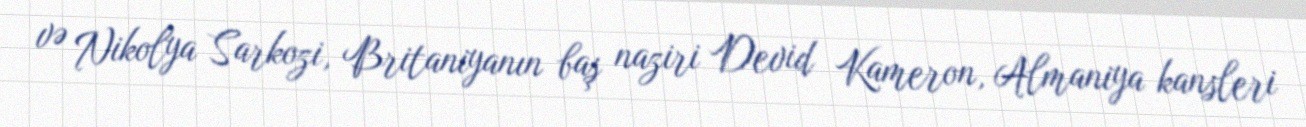
və Nikolya Sarkozi, Britaniyanın baş naziri Devid Kameron, Almaniya kansleri